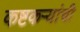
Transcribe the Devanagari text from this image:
कष्टकऱ्यांची